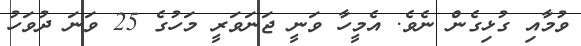
ވުމާއި ގުޅިގެން ނެވެ. އެމީހާ ވަނީ ޖަނަވަރީ މަހުގެ 25 ވަނަ ދުވަހު